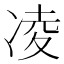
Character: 凌